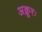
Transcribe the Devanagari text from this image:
अक्रूरः